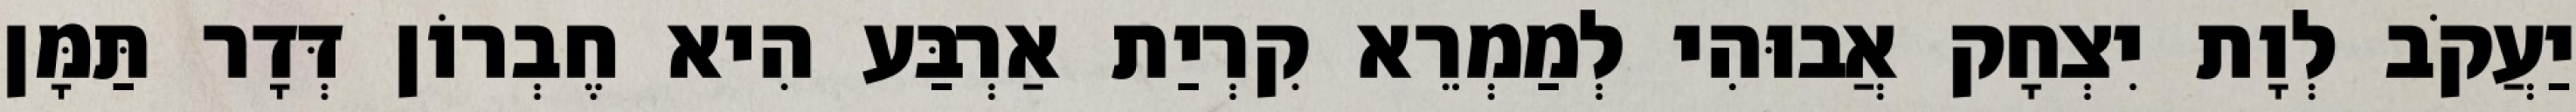
יַעֲקֹב לְוָת יִצְחָק אֲבוּהִי לְמַמְרֵא קִרְיַת אַרְבַּע הִיא חֶבְרוֹן דְּדָר תַּמָּן